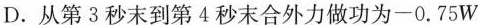
D.从第3秒末到第4秒末合外力做功为-0.75W